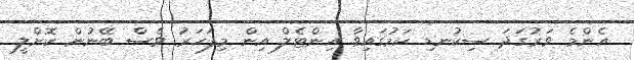
އެންމެ ވަރުގަދަ ސިކުނޑި ކަމުގައިވާ އިންޓެލް އިން މިފަހަރު ވެސް ބޭނުން ކޮށްލީ